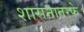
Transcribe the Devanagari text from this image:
शासनातरफे